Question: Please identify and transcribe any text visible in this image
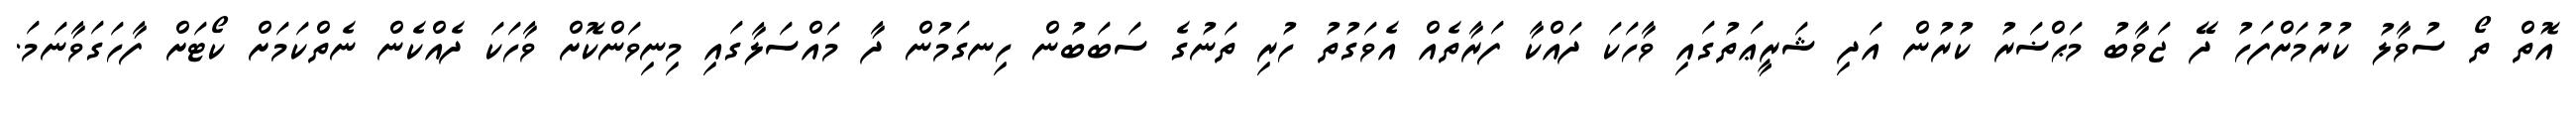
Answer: އޮތް ތޯ ސުވާލު ކުރުމަށްފަހު ދޭ ޖަވާބު މަޙްޟަރު ކުރުން އަދި ޝަރީޢަތުގައި ވާހަކަ ދައްކާ ފަރާތެއް އެވަގުތު ހުރި ތަނުގެ ސަބަބުން ހިނގަމުން ދާ މައްސަލާގައި މިނިވަންކޮށް ވާހަކަ ދެއްކެން ނެތްކަމަށް ކޯޓަށް ފާހަގަވާނަމަ.